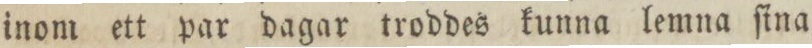
inom ett par dagar troddes kunna lemna ſina